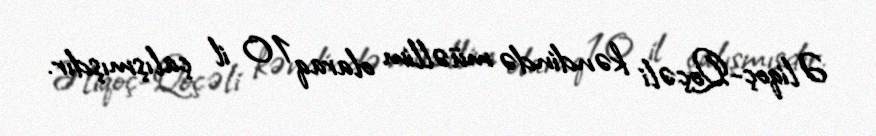
Əliqoç-Qoçəli kəndində müəllim olaraq 10 il çalışmışdır.